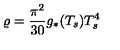
\varrho = \frac { \pi ^ { 2 } } { 3 0 } g _ { \ast } ( T _ { s } ) T _ { s } ^ { 4 }